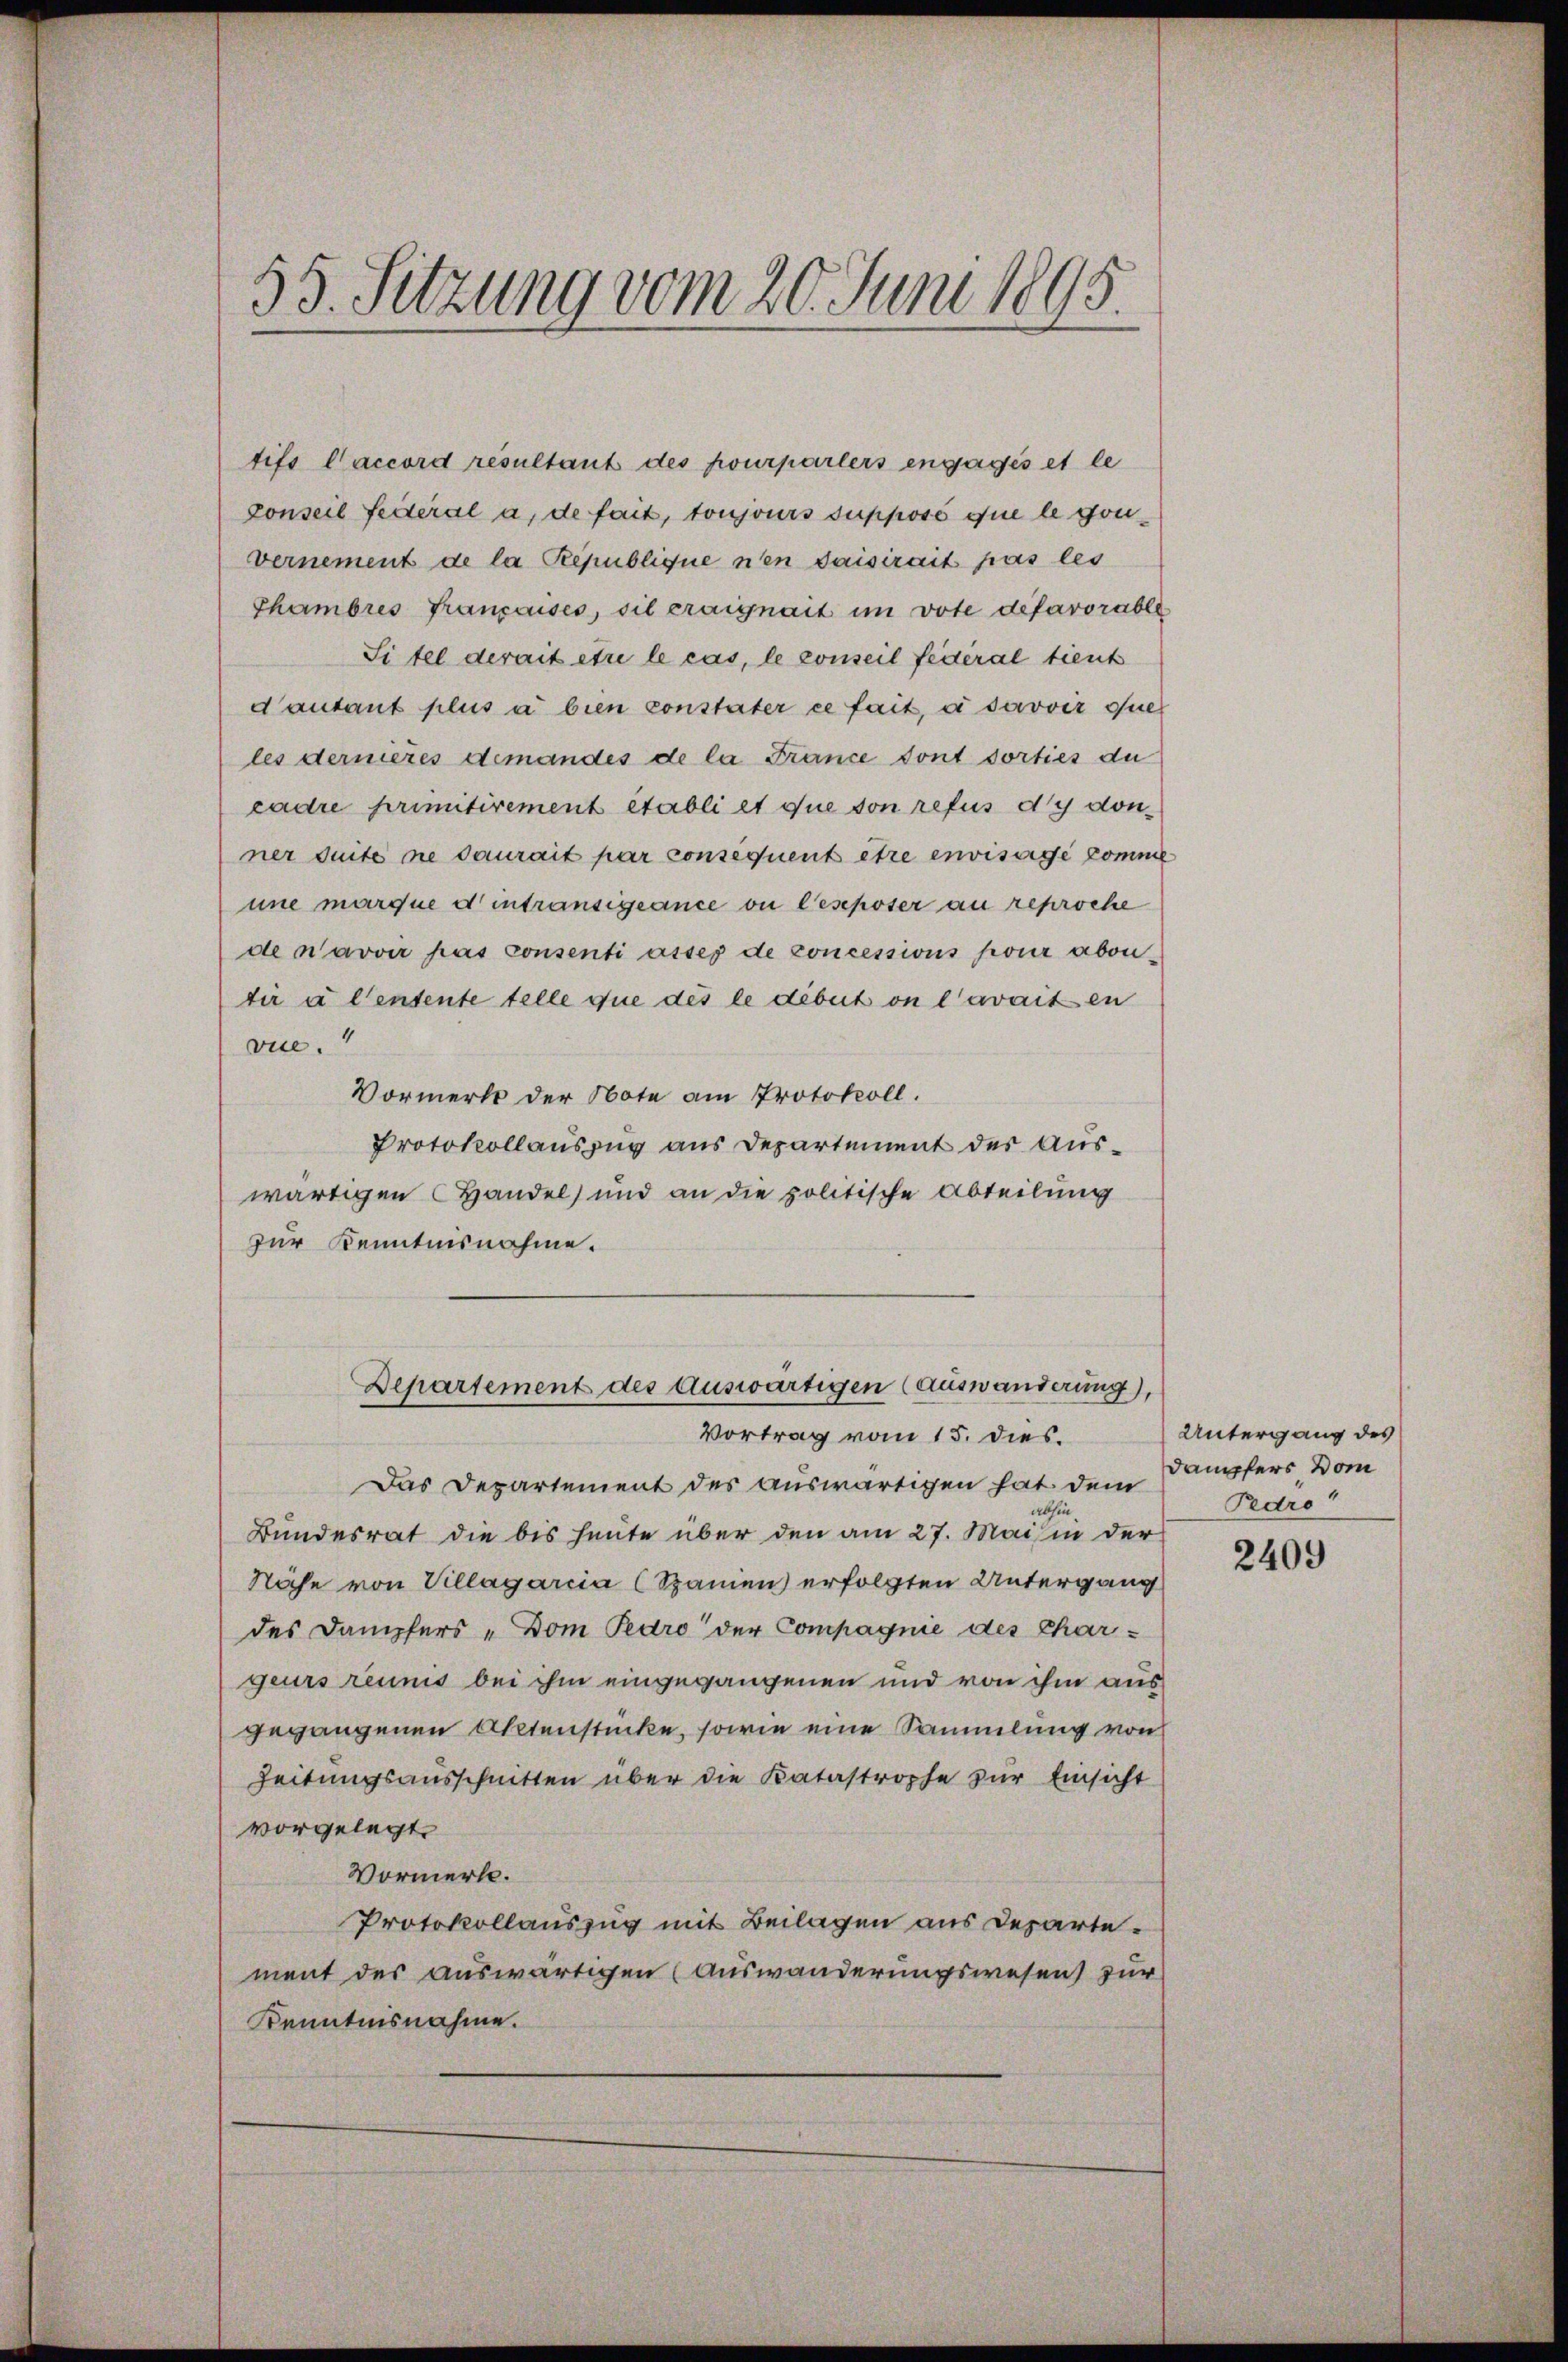
tifs Caccord resultant des pourparters engagés et le
conseil feiteral a. de fait, toujours supposé que le ganvernement de la Republique nen Jaisirait pas les
Thambres Francoises, sil craignait im vote defavorable
Sitel derait et le cas, le conseil federal tient
dautant plus a bien constater ce fait, à savoir quel
les dernieres demandes de la France dont sorties du
cadre primitivement etabli et que von refus dy don
ner suite nie daurait par consequent être envissige komme
une marque d intransigeance ou leseposer au reproche
de navoir pas consenti asses de concessions pour abonter u Centente telle due des ledibus on l avait en
4
viel.
Vormerkt der Note am Protokoll.
Protokollauszug aus Departement der Auswärtigen Handel und an die politische Abteilung
zur Kenntnisnahme.
Departement des Auswärtigen (auswänderung),
Vortrag vom 15. dies.
Das Departement des auswärtigen hat dem
abhin,
Bundesrat die bis heute über den am 27. Mais in der
Nahe von Villagarcia (Spamen erfolgten Untergang
des Dampfers „Dom Pedro der Compagnie des Chargeurs reums bei ihm eingegangenen und von ihm aus
gegangenen Aktenstücke, sowie eine Sammlung von
Zeitungsausschnitten über die Katastrophe zur Einsicht
vorgelegt.
Vormerk.
Protokollauszug mit Beilagen aus Departement des auswärtigen (Auswanderungswesen zur
Kenntnisnahme.

53. Sitzung vom 20. Juni 1895.

Untergang des
Dampfers vom
Pedro

2409